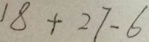
1 8 + 2 7 - 6